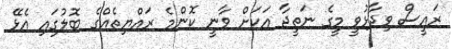
ރައީސް ވިދާޅުވީ މީގެ ނަތީޖާ އަކަށް ވާނީ ކޮންމެ ރައްޔިތެއްގެ ބޮލުގައި އެޅޭ